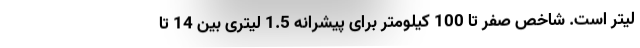
لیتر است. شاخص صفر تا 100 کیلومتر برای پیشرانه 1.5 لیتری بین 14 تا